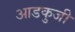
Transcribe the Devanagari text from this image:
आडकुजी